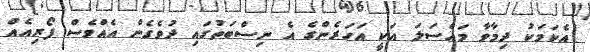
އެކަމަކު ދިމާވާ މައްސަލަ އަކީ އަހަރެންގެ އެ ނިސްބަތުގައި ދުވެގެން އެއްވެސް ފޯރިއެއް